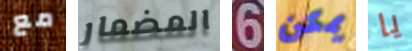
مع المضمار 6 يمكن يا